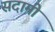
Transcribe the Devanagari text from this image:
सदामी